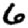
Digit: 6